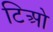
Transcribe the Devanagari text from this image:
टिओ